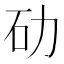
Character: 劯